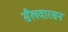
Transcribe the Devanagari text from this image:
सैलवारसन